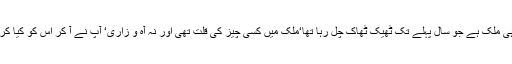
یہ وہی ملک ہے جو سال پہلے تک ٹھیک ٹھاک چل رہا تھا‘ملک میں کسی چیز کی قلت تھی اور نہ آہ و زاری‘ آپ نے آ کر اس کو کیا کر دیا؟